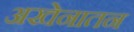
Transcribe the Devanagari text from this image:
अखेनातन